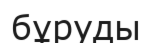
бұруды